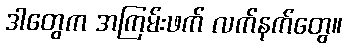
ဒါတွေက အကြမ်းဖက် လက်နက်တွေ။